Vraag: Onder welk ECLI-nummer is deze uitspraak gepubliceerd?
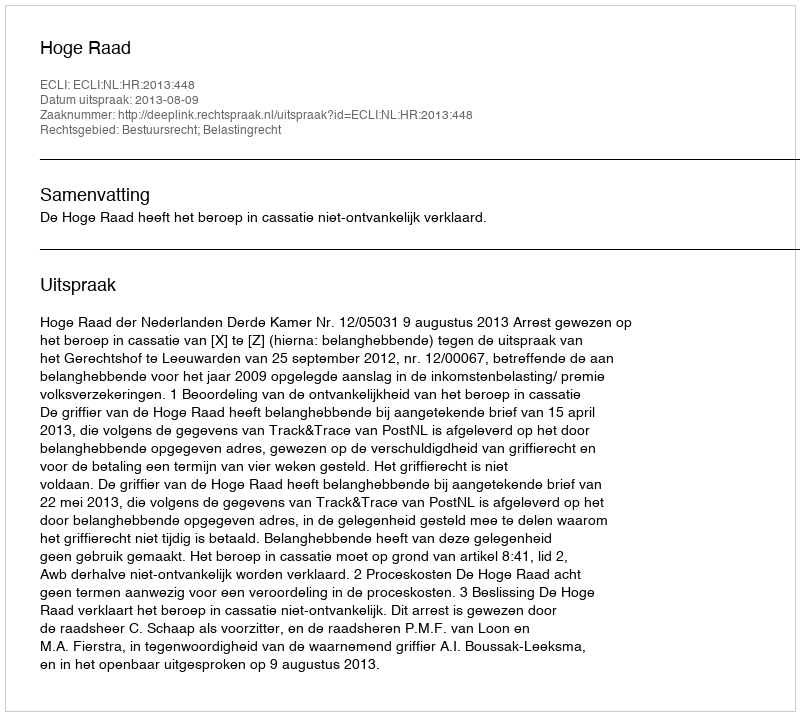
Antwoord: ECLI:NL:HR:2013:448